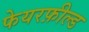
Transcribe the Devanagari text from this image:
फेयरफ़ील्ड